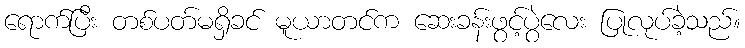
ရောက်ပြီး တစ်ပတ်မရှိခင် မူယာတင်က ဆေးခန်းဖွင့်ပွဲလေး ပြုလုပ်ခဲ့သည်။